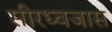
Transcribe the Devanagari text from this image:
सीरध्वजास